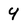
Character: y